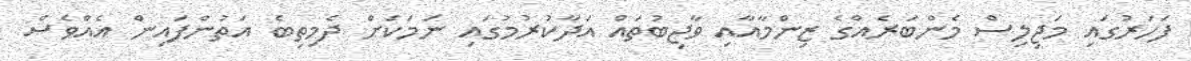
ފަހަރުގައި މަޖިލިސް މެންބަރެއްގެ ޒިންމާއާއި ވާޖިބުތައް އަދާކުރުމުގައި ނަމަކަށް ދެމިތިބެ އަތުންފައިން އެއްވެސް